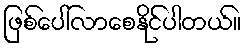
ဖြစ်ပေါ်လာစေနိုင်ပါတယ်။